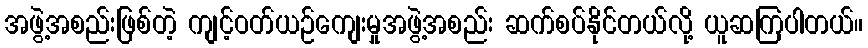
အဖွဲ့အစည်းဖြစ်တဲ့ ကျင့်ဝတ်ယဉ်ကျေးမှုအဖွဲ့အစည်း ဆက်စပ်နိုင်တယ်လို့ ယူဆကြပါတယ်။